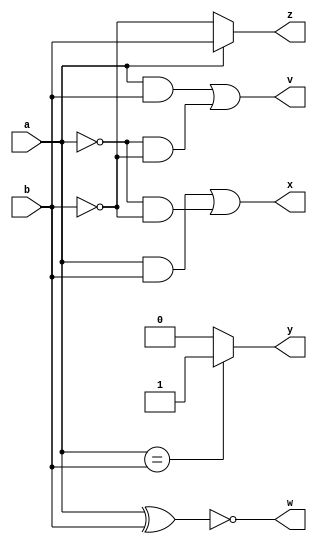
//  Multiple ways of specifying a 1-bit comparator

module  foo3(input wire a, b, output  wire v, w, x, y, z);

assign v = (a & b) | (~a & ~b);   
assign w = ~(a^b);
assign x = ((a == 1) && (b == 1)) || ( (a == 0) && (b == 0));
assign y =  (a == b)? 1 : 0;
assign z =  (a == 1)? b : ~b;

endmodule  // foo3



module foo_testbench;  // Testbench program will exercise design with input test vectors

   reg p, q;     
   wire V, W, X, Y, Z; 
   
  foo3  myFoo3(p, q, V, W,  X, Y, Z); 
 
initial   begin
   p = 1'b0;
   q = 1'b0;
   $display("Time\tp q\tV  W  X  Y  Z\n");
 end
   
   integer i;  // Regular program variable used here for sequencing
	 
   always @(*) begin
      for (i=0; i < 4; i= i+1)
	begin
	   #1; $display("%3d\t%x %x\t%x  %x  %x  %x  %x\n", $time, p, q, V, W, X, Y, Z);
	   {p, q} = {p, q} + 1; 
	end
   $finish;
   end  
endmodule